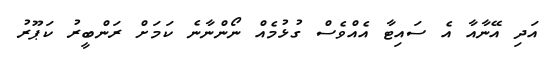
އަދި އޭނާއާ އެ ސައިޓާ އެއްވެސް ގުޅުމެއް ނޯންނާނެ ކަމަށް ރަންބީރު ކަޕޫރު